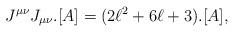
LaTeX: \begin{align*}J^{\mu\nu}J_{\mu\nu}.[A] = (2\ell^2 + 6\ell + 3).[A],\end{align*}